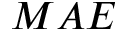
M A E